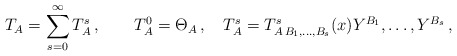
\begin{align*}T_A=\sum_{s=0}^{\infty}T^s_{A}\,,\qquad T^0_A=\Theta_A\,,\quad T^s_A=T^s_{A\, B_1,\ldots , B_s}(x)Y^{B_1},\ldots , Y^{B_s}\,, \end{align*}